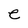
Character: e